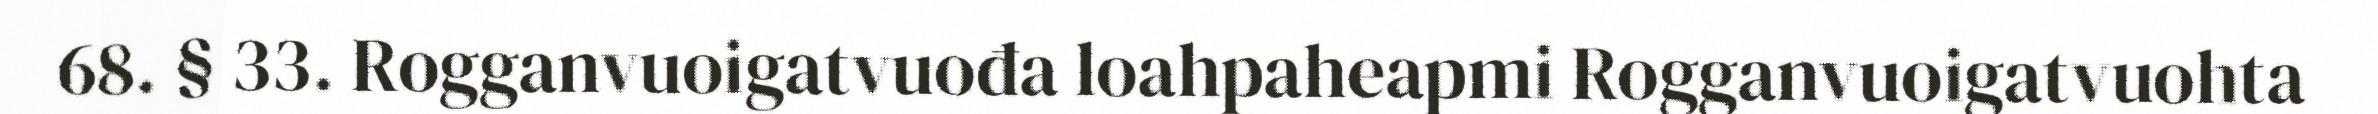
68. § 33. Rogganvuoigatvuođa loahpaheapmi Rogganvuoigatvuohta